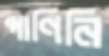
পাণিনি